Account of plague administration in the Bombay Presidency from September 1896 till May 1897
Year: 1896
Disease focus: Plague
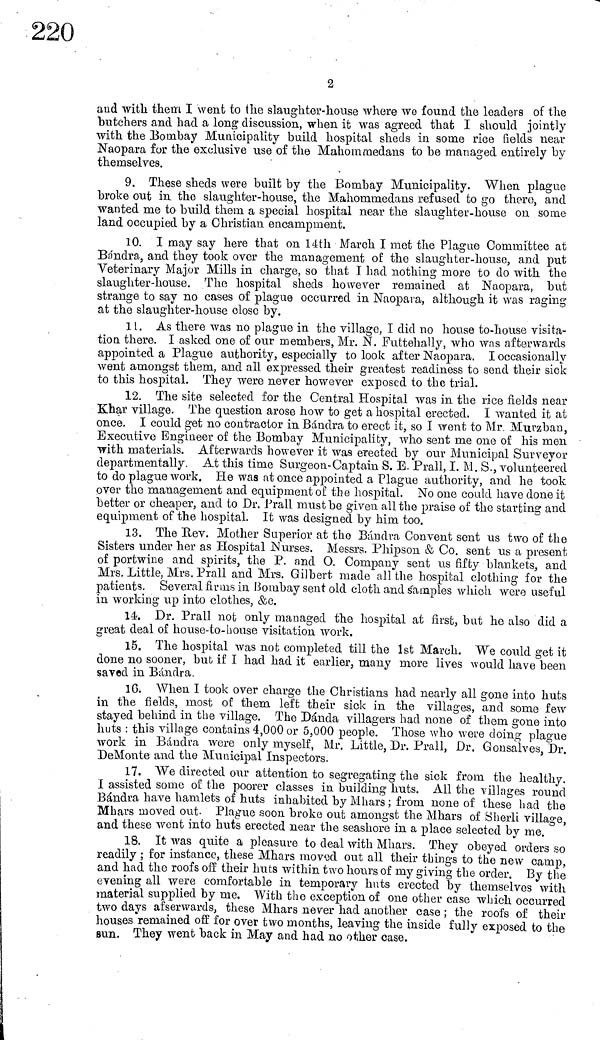
2
and with them I went to the slaughter-house where we found the leaders of the
butchers and had a long discussion, when it was agreed that I should jointly
with the Bombay Municipality build hospital sheds in some rice fields near
Naopara for the exclusive use of the Mahommedans to be managed entirely by
themselves.
9. These sheds were built by the Bombay Municipality. When plague
broke out in the slaughter-house, the Mahommedans refused to go there, and
wanted me to build them a special hospital near the slaughter-house on some
land occupied by a Christian encampment.
10. I may say here that on 14th March I met the Plague Committee at
Bandra, and they took over the management of the slaughter-house, and put
Veterinary Major Mills in charge, so that I had nothing more to do with the
slaughter-house. The hospital sheds however remained at Naopara, but
strange to say no cases of plague occurred in Naopara, although it was raging
at the slaughter-house close by.
11. As there was no plague in the village, I did no house to-house visita-
tion there. I asked one of our members, Mr. N. Futtehally, who was afterwards
appointed a Plague authority, especially to look after Naopara. I occasionally
went amongst them, and all expressed their greatest readiness to send their sick
to this hospital. They were never however exposed to the trial.
12. The site selected for the Central Hospital was in the rice fields near
Khar village. The question arose how to get a hospital erected. I wanted it at
once. I could get no contractor in Bandra to erect it, so I went to Mr. Murzban,
Executive Engineer of the Bombay Municipality, who sent me one of his men
with materials. Afterwards however it was erected by our Municipal Surveyor
departmentally. At this time Surgeon-Captain S. E. Prall, I. M. S., volunteered
to do plague work. He was at once appointed a Plague authority, and he took
over the management and equipment of the hospital. No one could have done it
better or cheaper, and to Dr. Prall must be given all the praise of the starting and
equipment of the hospital. It was designed by him too.
13. The Rev. Mother Superior at the Bandra Convent sent us two of the
Sisters under her as Hospital Nurses. Messrs. Phipson & Co. sent us a present
of portwine and spirits, the P. and O. Company sent us fifty blankets, and
Mrs. Little, Mrs. Prall and Mrs. Gilbert made all the hospital clothing for the
patients. Several firms in Bombay sent old cloth and samples which were useful
in working up into clothes, &c.
14. Dr. Prall not only managed the hospital at first, but he also did a
great deal of house-to-house visitation work.
15. The hospital was not completed till the 1st March. We could get it
done no sooner, but if I had had it earlier, many more lives would have been
saved in Bándra.
16. When I took over charge the Christians had nearly all gone into huts
in the fields, most of them left their sick in the villages, and some few
stayed behind in the village. The Dáñela villagers had none of them gone into
huts : this village contains 4,000 or 5,000 people. Those who were doing plague
work in Bándra were only myself, Mr. Little, Dr. Prall, Dr. Gonsalves, Dr.
DeMonte and the Municipal Inspectors.
17. We directed our attention to segregating the sick from the healthy.
I assisted some of the poorer classes in building huts. All the villages round
Bándra have hamlets of huts inhabited by Mhars ; from none of these had the
Mhars moved out- Plague soon broke out amongst the Mhars of Sherli village,
and these went into huts erected near the seashore in a place selected by me.
18. It was quite a pleasure to deal with Mhars. They obeyed orders so
readily ; for instance, these Mhars moved out all their things to the new camp,
and had the roofs off their huts within two hours of my giving the order. By the
evening all were comfortable in temporary huts erected by themselves with
material supplied by me. With the exception of one other case which occurred
two days afserwards, these Mhars never had another case ; the roofs of their
houses remained off for over two months, leaving the inside fully exposed to the
sun. They went back in May and had no other case.